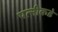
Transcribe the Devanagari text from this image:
पत्‍नीकडे